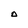
Character: O